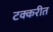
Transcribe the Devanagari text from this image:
टक्करीत